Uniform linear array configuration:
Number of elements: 24
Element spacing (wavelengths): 0.75
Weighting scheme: kaiser
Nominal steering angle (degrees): -45
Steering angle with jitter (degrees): -44.342
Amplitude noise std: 0.05
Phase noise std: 0.05

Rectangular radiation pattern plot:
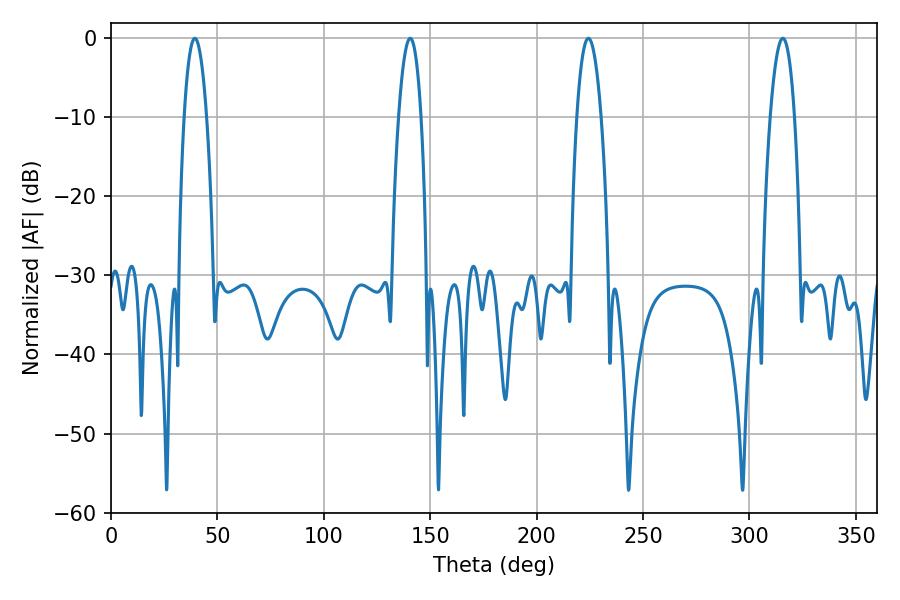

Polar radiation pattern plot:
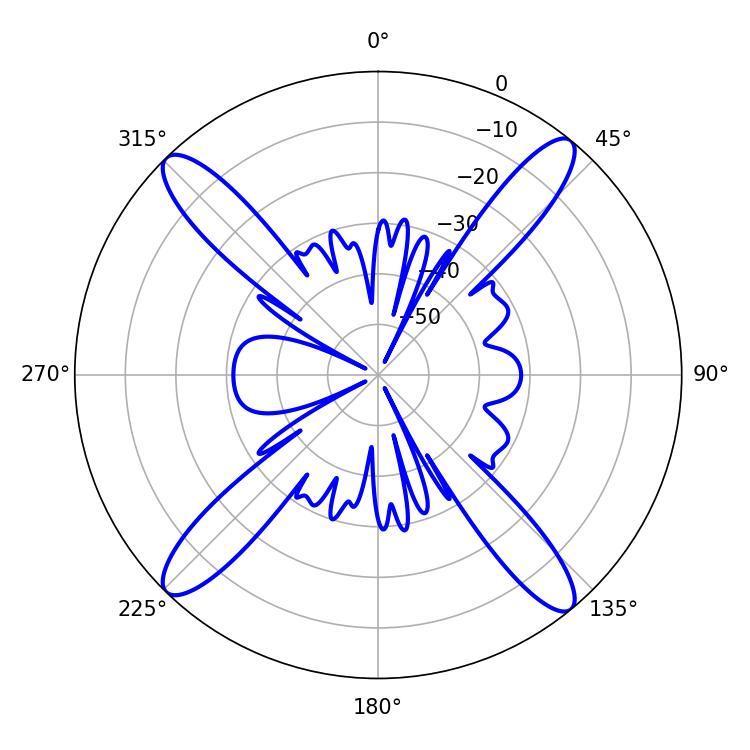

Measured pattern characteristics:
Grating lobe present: TRUE
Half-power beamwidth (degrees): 5.76
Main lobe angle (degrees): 39.42